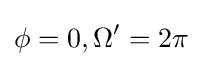
\phi =0,\Omega '=2\pi